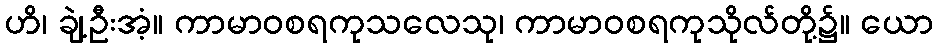
ဟိ၊ ချဲ့ဦးအံ့။ ကာမာဝစရကုသလေသု၊ ကာမာဝစရကုသိုလ်တို့၌။ ယော